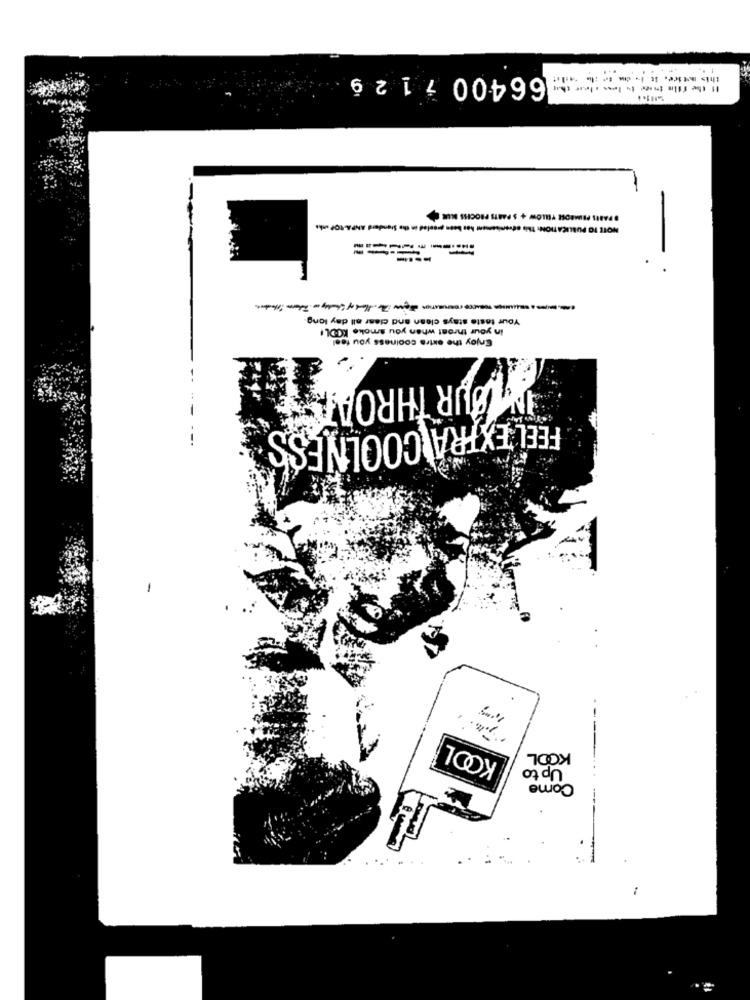
...
66400 7 1 2 9
this motice. İti- d 1⑈ ilme ** ilit
It the film trace to lome a love this
5111+4
PRIMROSE YELLOW + S PARTS PROCHE NUN C
LICATION This edvenisament has been proeled in the Standard ANPA-TOP anks
NOTE TO
-
Your taste stays clean and clear all day long.
in your throat when you smoke KODL!
Enjoy the extra coolness you feel
YOUR THROATET
FEEL EXTRA COOLNESS
KOOL
KOOL
Up to
Come
..